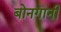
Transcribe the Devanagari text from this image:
बोनगानी